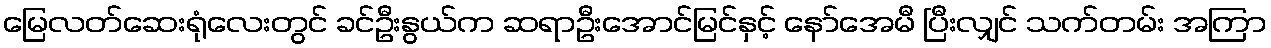
မြေလတ်ဆေးရုံလေးတွင် ခင်ဦးနွယ်က ဆရာဦးအောင်မြင်နှင့် နော်အေမီ ပြီးလျှင် သက်တမ်း အကြာ